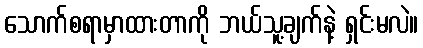
သောက်စရာမှာထားတာကို ဘယ်သူ့ချက်နဲ့ ရှင်းမလဲ။